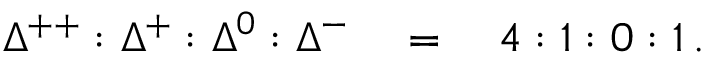
\Delta ^ { + + } : \Delta ^ { + } : \Delta ^ { 0 } : \Delta ^ { - } \quad = \quad 4 : 1 : 0 : 1 \, .